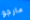
مارجو